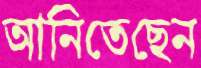
আনিতেছেন